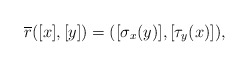
\begin{align*}\overline{r}([x],[y])=([\sigma_x(y)],[\tau_y(x)]),\end{align*}